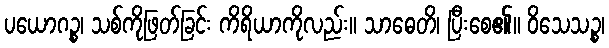
ပယောဂဉ္စ၊ သစ်ကိုဖြတ်ခြင်း ကိရိယာကိုလည်း။ သာဓေတိ၊ ပြီးစေ၏။ ဝိသေသဉ္စ၊